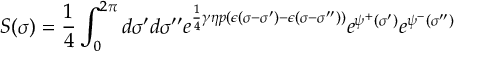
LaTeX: S ( \sigma ) = \frac { 1 } { 4 } \int _ { 0 } ^ { 2 \pi } d \sigma ^ { \prime } d \sigma ^ { \prime \prime } e ^ { \frac { 1 } { 4 } \gamma \eta p \left( \epsilon ( \sigma - \sigma ^ { \prime } ) - \epsilon ( \sigma - \sigma ^ { \prime \prime } ) \right) } e ^ { \psi ^ { + } ( \sigma ^ { \prime } ) } e ^ { \psi ^ { - } ( \sigma ^ { \prime \prime } ) }